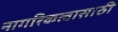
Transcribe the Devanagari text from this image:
नागरिकत्वासाठी